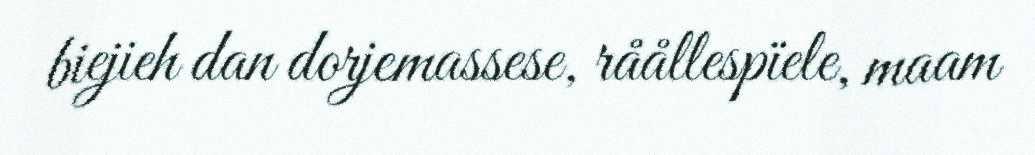
biejieh dan dorjemassese, råållespïele, maam